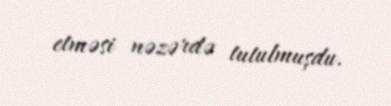
etməsi nəzərdə tutulmuşdu.